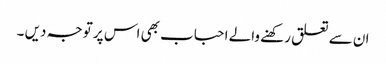
ان سے تعلق رکھنے والے احباب بھی اس پر توجہ دیں ۔